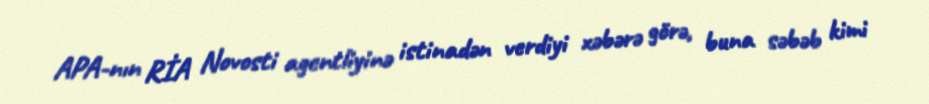
APA-nın RİA Novosti agentliyinə istinadən verdiyi xəbərə görə, buna səbəb kimi